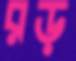
রড়